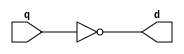
module inv (
input q,
output d
);

assign d = !q ; 

endmodule